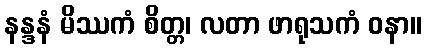
နန္ဒနံ မိဿကံ စိတ္တ၊ လတာ ဖာရုသကံ ဝနာ။